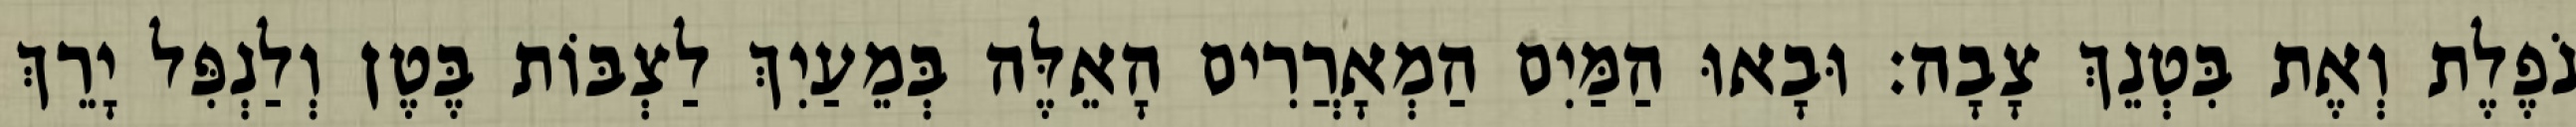
נֹפֶלֶת וְאֶת בִּטְנֵךְ צָבָה׃ וּבָאוּ הַמַּיִם הַמְאָרֲרִים הָאֵלֶּה בְּמֵעַיִךְ לַצְבּוֹת בֶּטֶן וְלַנְפִּל יָרֵךְ